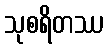
သုစရိတဿ